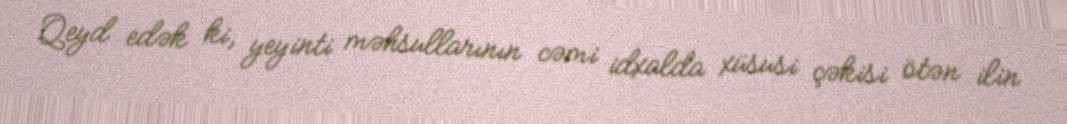
Qeyd edək ki, yeyinti məhsullarının cəmi idxalda xüsusi çəkisi ötən ilin